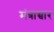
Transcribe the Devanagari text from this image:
मंत्राच्चार